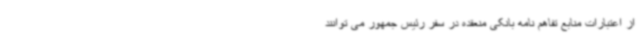
از اعتبارات منابع تفاهم نامه بانکی منعقده در سفر رئیس جمهور می توانند